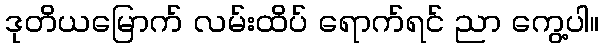
ဒုတိယမြောက် လမ်းထိပ် ရောက်ရင် ညာ ကွေ့ပါ။